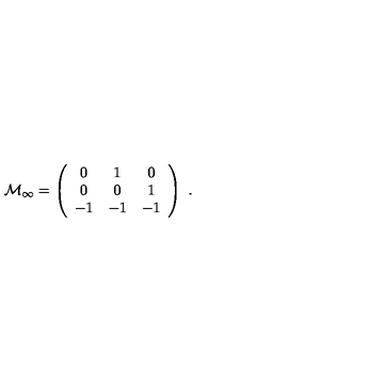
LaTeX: { \cal M } _ { \infty } = \left( \begin{array} { c c c } { 0 } & { 1 } & { 0 } \\ { 0 } & { 0 } & { 1 } \\ { - 1 } & { - 1 } & { - 1 } \\ \end{array} \right) \ .